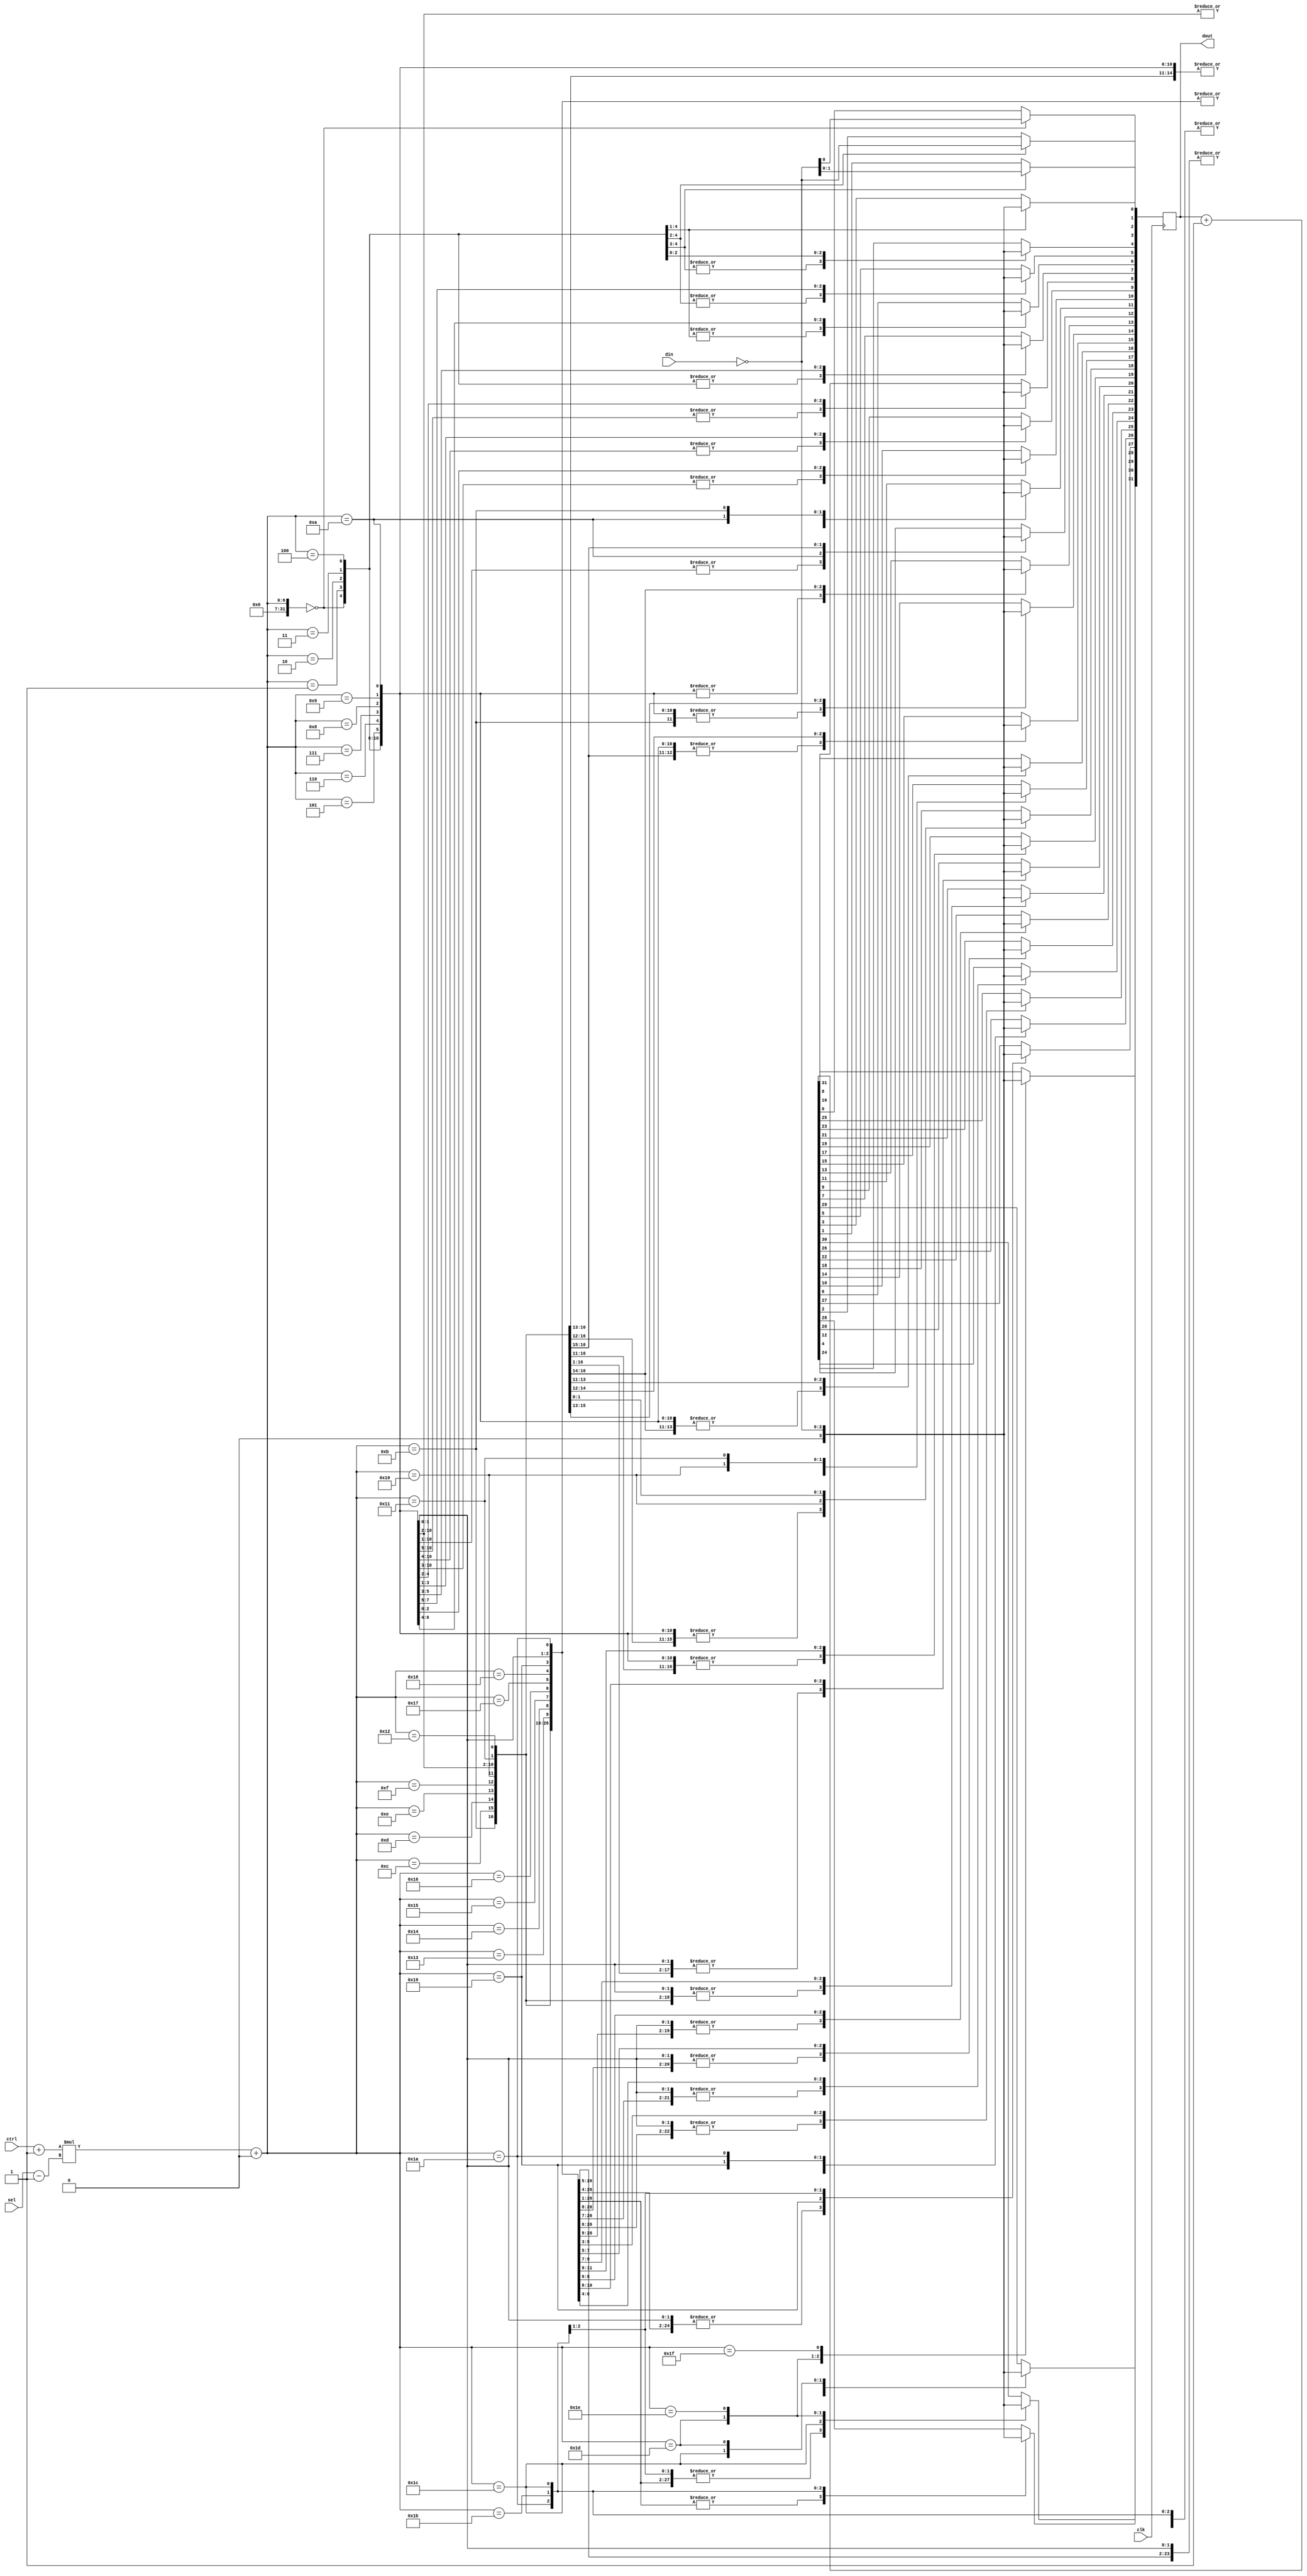
module multiple_blocking_gate_1 (clk, ctrl, din, sel, dout);
   input wire clk;
   input wire [4:0] ctrl;
   input wire [1:0] din;
   input wire [0:0] sel;
   output reg [31:0] dout;
   reg [5:0] 	     a;
   reg [0:0] 	     b;
   reg [2:0] 	     c;
   always @(posedge clk)
     begin
        a = (ctrl)+(1);
        b = (sel)-(1);
        c = ~(din);
        dout = (dout)+(1);
        case (({(a)*(b)})+(0))
          0:
            dout[31:0] = c;
          1:
            dout[31:1] = c;
          2:
            dout[31:2] = c;
          3:
            dout[31:3] = c;
          4:
            dout[31:4] = c;
          5:
            dout[31:5] = c;
          6:
            dout[31:6] = c;
          7:
            dout[31:7] = c;
          8:
            dout[31:8] = c;
          9:
            dout[31:9] = c;
          10:
            dout[31:10] = c;
          11:
            dout[31:11] = c;
          12:
            dout[31:12] = c;
          13:
            dout[31:13] = c;
          14:
            dout[31:14] = c;
          15:
            dout[31:15] = c;
          16:
            dout[31:16] = c;
          17:
            dout[31:17] = c;
          18:
            dout[31:18] = c;
          19:
            dout[31:19] = c;
          20:
            dout[31:20] = c;
          21:
            dout[31:21] = c;
          22:
            dout[31:22] = c;
          23:
            dout[31:23] = c;
          24:
            dout[31:24] = c;
          25:
            dout[31:25] = c;
          26:
            dout[31:26] = c;
          27:
            dout[31:27] = c;
          28:
            dout[31:28] = c;
          29:
            dout[31:29] = c;
          30:
            dout[31:30] = c;
          31:
            dout[31:31] = c;
        endcase
     end
endmodule